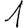
Digit: 1